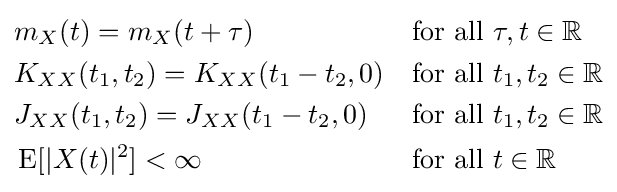
{\begin{aligned}&m_{X}(t)=m_{X}(t+\tau )&&{\text{for all }}\tau ,t\in \mathbb {R} \\&K_{XX}(t_{1},t_{2})=K_{XX}(t_{1}-t_{2},0)&&{\text{for all }}t_{1},t_{2}\in \mathbb {R} \\&J_{XX}(t_{1},t_{2})=J_{XX}(t_{1}-t_{2},0)&&{\text{for all }}t_{1},t_{2}\in \mathbb {R} \\&\operatorname {E} [|X(t)|^{2}]<\infty &&{\text{for all }}t\in \mathbb {R} \end{aligned}}